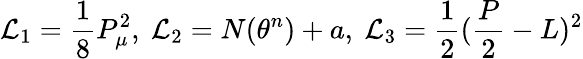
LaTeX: {\cal L}_{1}=\frac{1}{8}P_{\mu}^{2},\mathrm{~}{\cal L}_{2}=N(\theta^{n})+a,\mathrm{~}{\cal L}_{3}=\frac{1}{2}(\frac{P}{2}-L)^{2}